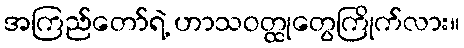
အကြည်တော်ရဲ့ ဟာသဝတ္ထုတွေကြိုက်လား။